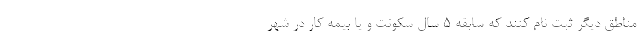
مناطق دیگر ثبت نام کنند که سابقه ۵ سال سکونت و یا بیمه کار در شهر